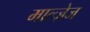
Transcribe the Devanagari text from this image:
माल्ज़ेज